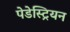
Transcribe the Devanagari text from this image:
पेडेस्ट्रियन